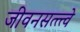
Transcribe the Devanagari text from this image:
जीवनसत्त्त्वे